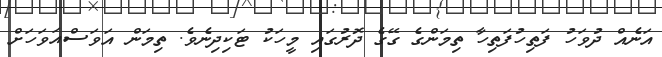
އަނެއް ދުވަހު ފަތިހުފަތިހާ ތިމަންގެ ގޭގެ ދޮރުގައި މީހަކު ޓަކިދިނެވެ. ތިމަން އަވަސްއަވަހަށް